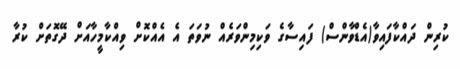
ކުރިން ދައްކާފައިވާ(އެޑްވާންސް) ފައިސާގެ ވަކިމިންވަރެއް ނުވަތަ އެ އެއްކޮށް ވިއްކާމީހާއަށް ދޭގޮތަށް ކުރާ